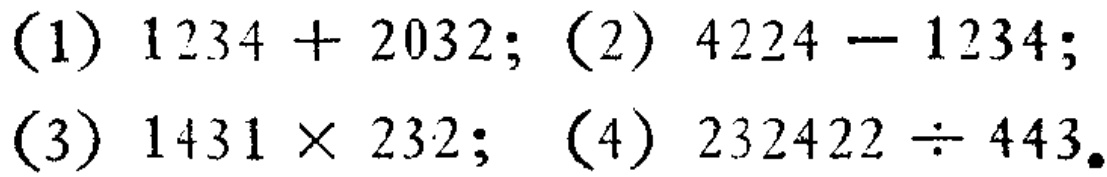
(1) \(1234 + 2032\); (2) \(4224 - 1234\);

(3) \(1431\times 232\); (4) \(232422\div 443\).